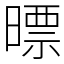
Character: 㬓